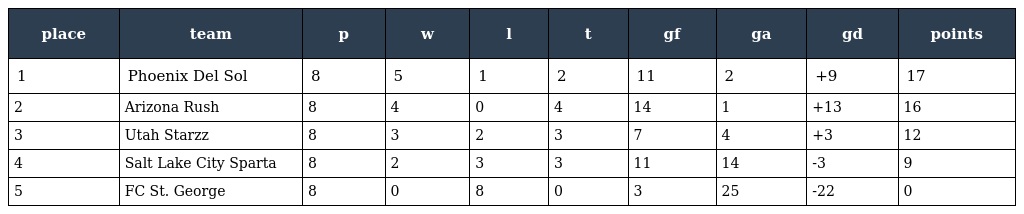
| place | team | p | w | l | t | gf | ga | gd | points |
 | --- | --- | --- | --- | --- | --- | --- | --- | --- | --- |
 | 1 | Phoenix Del Sol | 8 | 5 | 1 | 2 | 11 | 2 | +9 | 17 |
 | 2 | Arizona Rush | 8 | 4 | 0 | 4 | 14 | 1 | +13 | 16 |
 | 3 | Utah Starzz | 8 | 3 | 2 | 3 | 7 | 4 | +3 | 12 |
 | 4 | Salt Lake City Sparta | 8 | 2 | 3 | 3 | 11 | 14 | -3 | 9 |
 | 5 | FC St. George | 8 | 0 | 8 | 0 | 3 | 25 | -22 | 0 |